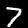
Label: 7